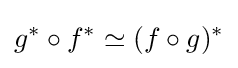
g^{*}\circ f^{*}\simeq (f\circ g)^{*}